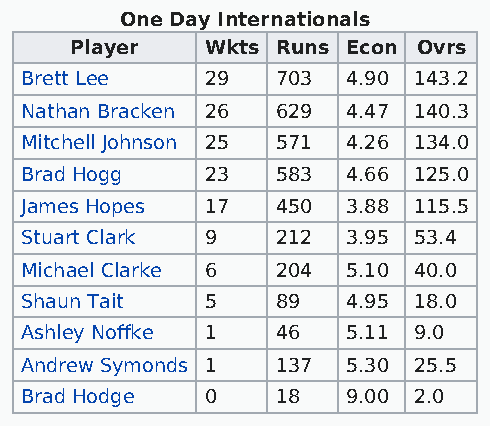
One Day Internationals
 Player   Wkts Runs Econ Ovrs
 Brett Lee    29  703  4.90 143.2
 Nathan Bracken 26 629 4.47 140.3
 Mitchell Johnson 25 571 4.26 134.0
 Brad Hogg    23  583  4.66 125.0
 James Hopes  17  450  3.88 115.5
 Stuart Clark 9   212  3.95 53.4
 Michael Clarke 6 204  5.10 40.0
 Shaun Tait   5   89   4.95 18.0
 Ashley Noffke 1  46   5.11 9.0
 Andrew Symonds 1 137  5.30 25.5
 Brad Hodge   0   18   9.00 2.0